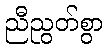
ညီညွတ်စွာ